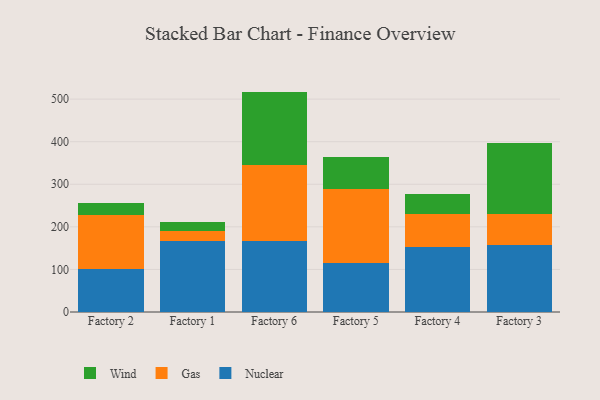
{"axis": {"x": "Factory", "y": "Inventory Turnover"}, "legend": ["Gas", "Nuclear", "Wind"], "data": [{"x": "Factory 2", "y": 100.6, "type": "Nuclear"}, {"x": "Factory 2", "y": 126.6, "type": "Gas"}, {"x": "Factory 2", "y": 27.7, "type": "Wind"}, {"x": "Factory 1", "y": 167.8, "type": "Nuclear"}, {"x": "Factory 1", "y": 22.5, "type": "Gas"}, {"x": "Factory 1", "y": 21.2, "type": "Wind"}, {"x": "Factory 6", "y": 167.4, "type": "Nuclear"}, {"x": "Factory 6", "y": 178.0, "type": "Gas"}, {"x": "Factory 6", "y": 172.3, "type": "Wind"}, {"x": "Factory 5", "y": 116.1, "type": "Nuclear"}, {"x": "Factory 5", "y": 172.2, "type": "Gas"}, {"x": "Factory 5", "y": 76.4, "type": "Wind"}, {"x": "Factory 4", "y": 151.8, "type": "Nuclear"}, {"x": "Factory 4", "y": 78.2, "type": "Gas"}, {"x": "Factory 4", "y": 46.2, "type": "Wind"}, {"x": "Factory 3", "y": 157.7, "type": "Nuclear"}, {"x": "Factory 3", "y": 72.8, "type": "Gas"}, {"x": "Factory 3", "y": 167.0, "type": "Wind"}]}